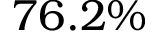
7 6 . 2 \%